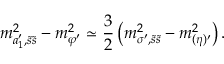
m _ { a _ { 1 } ^ { \prime } , \tilde { s } \tilde { s } } ^ { 2 } - m _ { \varphi ^ { \prime } } ^ { 2 } \simeq \frac 3 2 \left( m _ { \sigma ^ { \prime } , \tilde { s } \tilde { s } } ^ { 2 } - m _ { ( \eta ) ^ { \prime } } ^ { 2 } \right) .